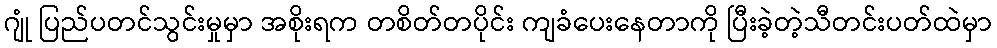
ဂျုံ ပြည်ပတင်သွင်းမှုမှာ အစိုးရက တစိတ်တပိုင်း ကျခံပေးနေတာကို ပြီးခဲ့တဲ့သီတင်းပတ်ထဲမှာ